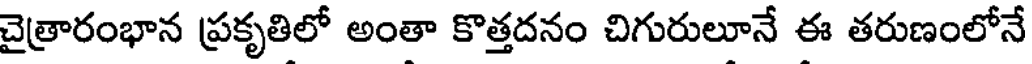
చైత్రారంభాన ప్రకృతిలో అంతా కొత్తదనం చిగురులూనే ఈ తరుణంలోనే